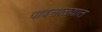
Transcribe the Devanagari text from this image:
पावसाळय़ात